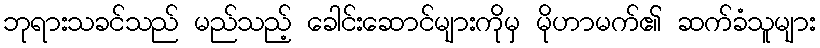
ဘုရားသခင်သည် မည်သည့် ခေါင်းဆောင်များကိုမှ မိုဟာမက်၏ ဆက်ခံသူများ